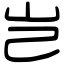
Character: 岂